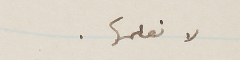
لا نعلمها.